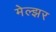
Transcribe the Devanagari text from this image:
मेल्झर